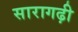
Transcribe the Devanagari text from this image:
सारागढ़ी